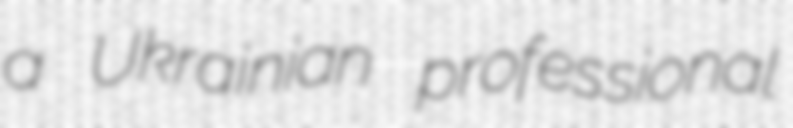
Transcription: a Ukrainian professional